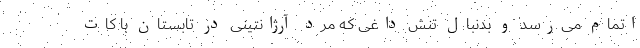
اتمام می‌رسد و بدنبال تنش داغی که مرد آرژانتینی در تابستان با کات